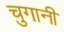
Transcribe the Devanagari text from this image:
चुगानी